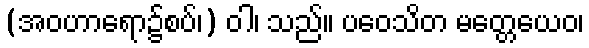
(အဝဟာရော၌စပ်၊) ဝါ၊ သည်။ ပဝေသိတ မတ္တေယေဝ၊